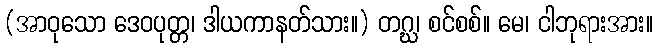
(အာဝုသော ဒေဝပုတ္တ၊ ဒါယကာနတ်သား။) တဂ္ဃ၊ စင်စစ်။ မေ၊ ငါဘုရားအား။